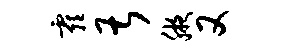
霾甚腋又